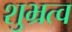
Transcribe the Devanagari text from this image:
शुभ्रत्व